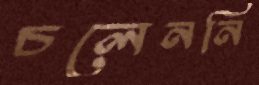
চলেননি